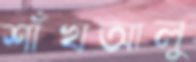
শাঁখআলু